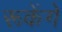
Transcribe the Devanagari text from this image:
रूकेंगे